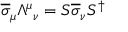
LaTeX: { \overline { { \sigma } } } _ { \mu } { \Lambda ^ { \mu } } _ { \nu } = S { \overline { { \sigma } } } _ { \nu } S ^ { \dagger }